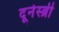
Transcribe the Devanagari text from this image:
दूनेस्ब्री